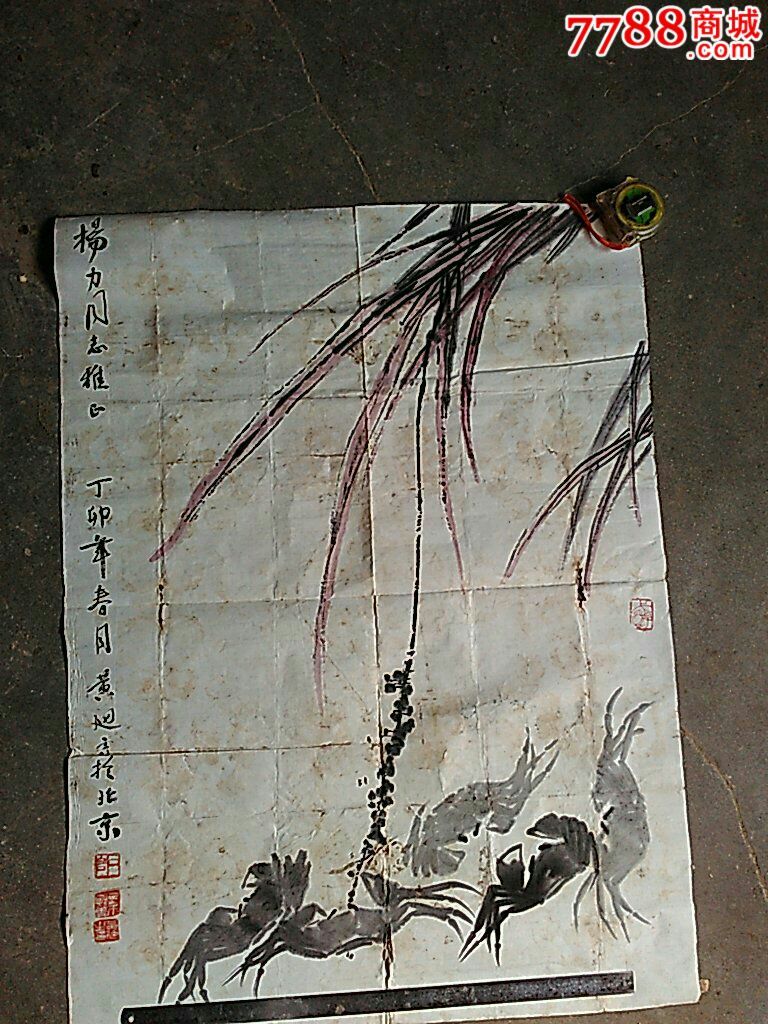
擢擢当轩竹，青青重岁寒。